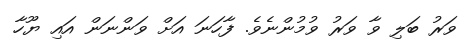
ވަރު ބަލި ވާ ވަރު ވުމުންނެވެ. ފާހަނަ އަށް ވަންނަން އައި ޔޫހާ